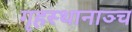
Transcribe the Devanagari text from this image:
गृहस्थानाञ्च